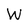
Character: W